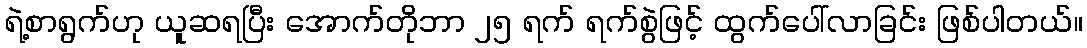
ရဲ့စာရွက်ဟု ယူဆရပြီး အောက်တိုဘာ ၂၅ ရက် ရက်စွဲဖြင့် ထွက်ပေါ်လာခြင်း ဖြစ်ပါတယ်။